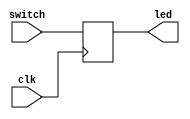
`timescale 1ns / 1ps
//////////////////////////////////////////////////////////////////////////////////
// Company: 
// Engineer: 
// 
// Design Name: 
// Module Name: top
// Project Name: 
// Target Devices: 
// Tool Versions: 
// Description: 
// 
// Dependencies: 
// 
// Revision:
// Revision 0.01 - File Created
// Additional Comments:
// 
//////////////////////////////////////////////////////////////////////////////////


//module top(
//    input switch,
//    output reg led
//    );
    
//    always @(*) // posedge run everytime the switch changes
//        led = switch;
//endmodule


module top(
    input clk,
    input switch,
    output reg led);
    
    always @(posedge clk)
        led=switch;
endmodule